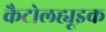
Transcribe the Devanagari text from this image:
कैटोलह्यूइक